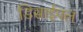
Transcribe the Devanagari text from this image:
डिसाईपल